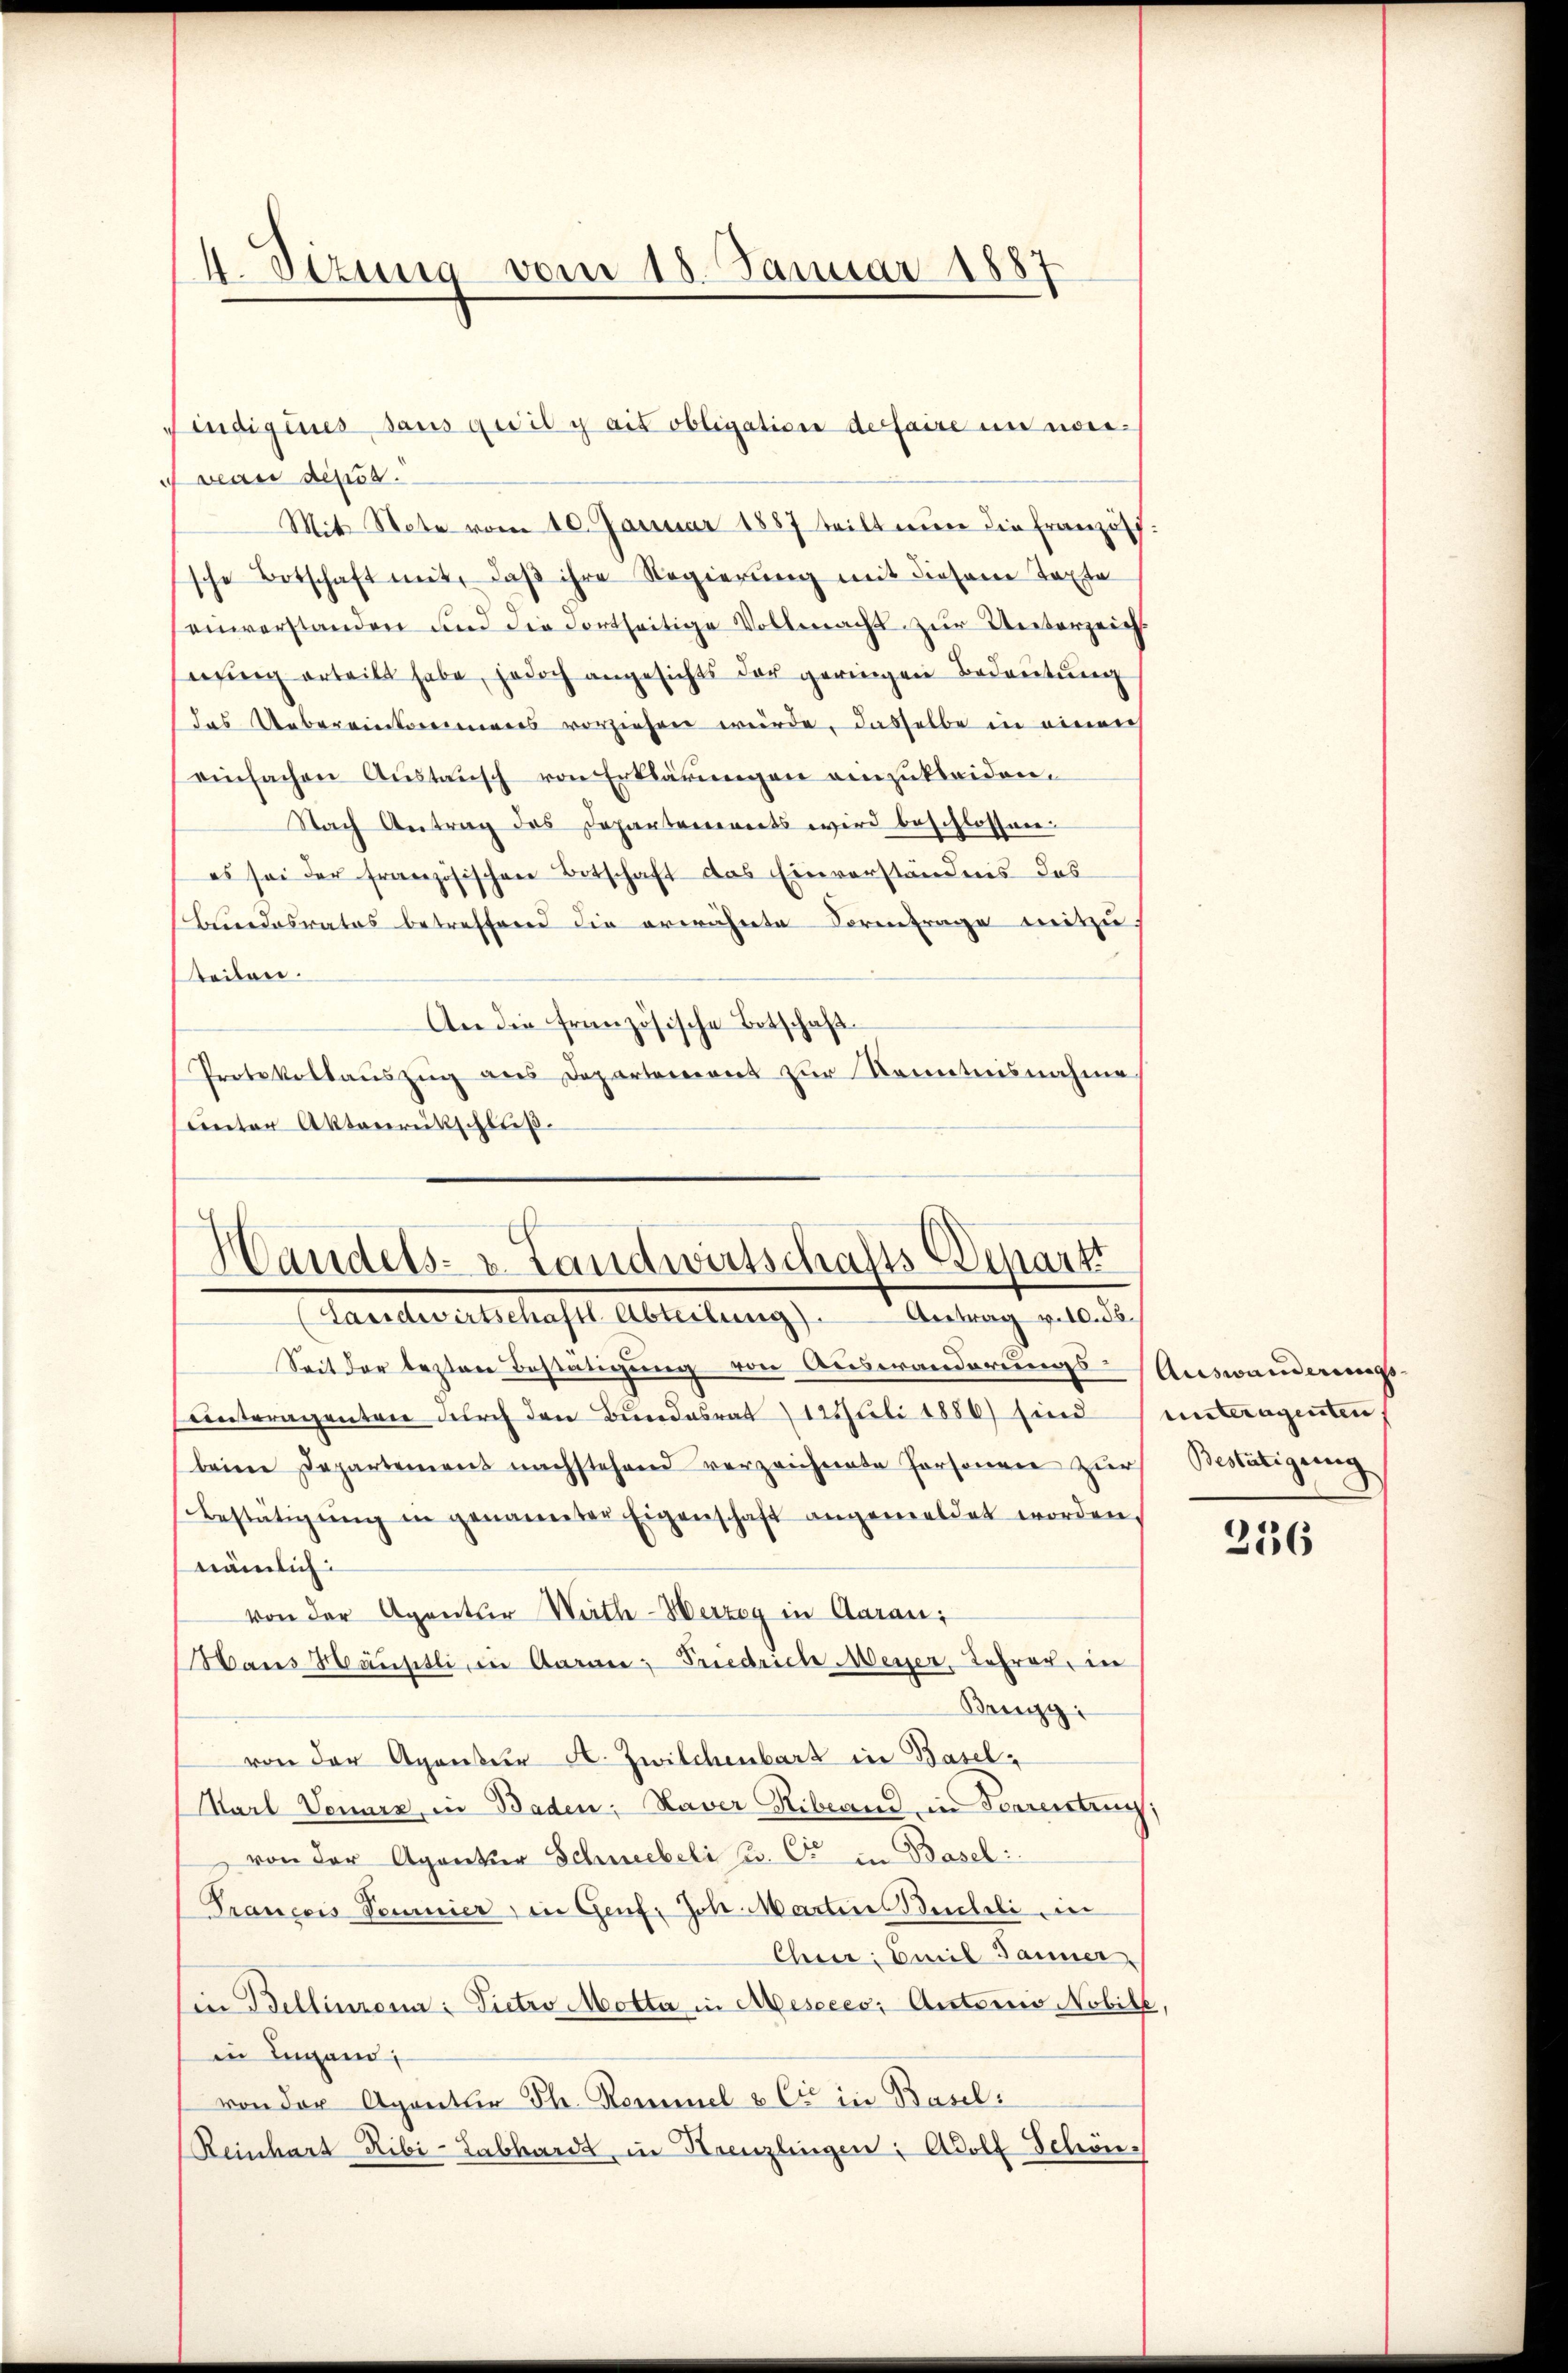
4. Sizung vom 18. Januar 1887

veau depuss.
Mit Note vom 10. Januar 1887 teilt nun die Franzöff
sche Botschaft mit, daß ihre Regierung mit diesem Texte
einverstanden und die dortseitige Vollmacht zur Unterzeichsising erteilt habe, jedoch angesichts der geringen Bedeutung
das Uebereinkommens vorziehen würde, dasselbe in einen
einfachen Austausch von Erklärungen einzukleiden.
Nach Antrag des Departements wird beschlossen
es sei der französischen Botschaft das Einverständnis das
Bundesrates betreffend die erwähnte Sormfrage mitzuteilen.
An die französische Botschaft
Protokollaŭszŭg ans Departement zur Kenntnisnahme
sunter Aktenrückschluß.

findigeres dans qu’il y ait obligation der faire in nor¬

Handels- u. Landwirtschafts-Depart
(Landwirtschaftl. Abteilŭng. Antrag v. 10. ds.

Seit der lezten Bestätigung von Auswanderungs-Auswanderungsunteragenten durch den Bundesrat 12 Juli 1886) sind entragenten
beim Departement nachstehend verzeichnete Personen zur Bestätigung
Bestätigŭng in genannten Eigenschaft angemeldet worden,
nämlich:
von der Agentur Wirth-Herzog in Aarau
Hans Häusitli, in Garan: Friedrich Meyer, Lehrer, in
Brugg
von der Agentur A. Zwilchenbart in Basel-
MarlVonurz, in Baden; Haver Ribrand in Ferrenting
von der Agentur Schneebeli p. C. in Basel:
Trançois Somnier in Genf, Joh. Martins Buchli in
Cher: Emil Jänner.
in Bellinzona: Pietro Motta in Meseees: Autoris Nobile,
in Lugand;
von der Agantier Th. Remmel & Cie in Basel:
Reinhart Ribi-Labhardt, in Henzlingen: Adolf Schön.

236